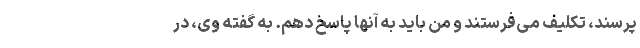
‌پرسند، تکلیف می‌فرستند و من باید به آنها پاسخ دهم. به گفته وی، در